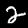
Label: 2